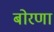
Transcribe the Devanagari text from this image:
बोरणा